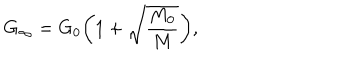
LaTeX: G _ { \infty } = G _ { 0 } \biggl ( 1 + \sqrt { \frac { M _ { 0 } } { M } } \biggr ) ,